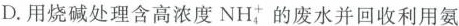
D.用烧碱处理含高浓度NH_{4}^{+}的废水并回收利用氨